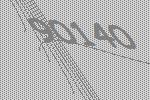
90140